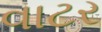
વાટર